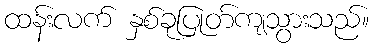
ထန်းလက် နှစ်ခုပြုတ်ကျသွားသည်။